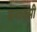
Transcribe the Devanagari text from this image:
बनावसी